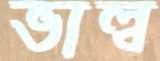
ভাল্ব